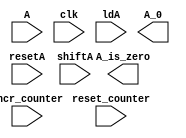
module bit_counter_datapath(A, clk, ldA, resetA, shiftA, incr_counter, reset_counter, A_0, A_is_zero);
	input clk, ldA, resetA, shiftA, incr_counter, reset_counter;
	input [7 : 0] A;
	output A_0, A_is_zero;
	reg [7 : 0] a;
	reg [2 : 0] counter;

	/* bit counter */
	always @ (posedge clk) begin
		if (reset_counter) counter <= 3'b000;
		else if (incr_counter) counter <= counter + 1;	
		else counter <= counter;
	end


	always @ (posedge clk) begin
		if (resetA)  a <= 8'b00000000;
		else if (ldA) a <= A;
		else if (shiftA) begin
			// shift
			A[0] <= 0;
			A[1] <= A[0];
			A[2] <= A[1];
			A[3] <= A[2];
			A[4] <= A[3];
			A[5] <= A[4];
			A[6] <= A[5];
			A[7] <= A[6];
		end
		else begin
			A <= A;
		end
	end
endmodule